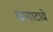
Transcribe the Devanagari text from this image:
बागाटावे